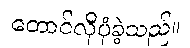
တောင်လိုပုံခဲ့သည်။